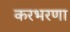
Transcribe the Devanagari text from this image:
करभरणा